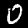
Label: 0